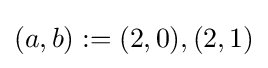
(a,b):=(2,0),(2,1)